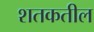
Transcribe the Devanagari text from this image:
शतकतील